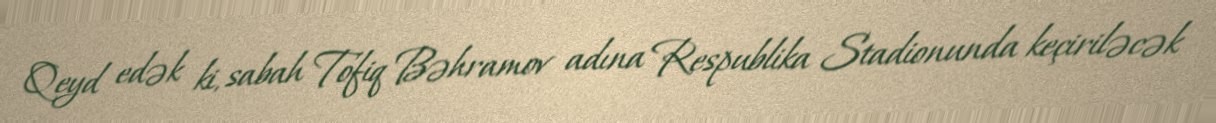
Qeyd edək ki, sabah Tofiq Bəhramov adına Respublika Stadionunda keçiriləcək